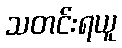
သတင်းရယူ